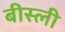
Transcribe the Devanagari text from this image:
बीस्ली